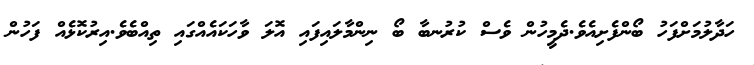
ހަދާލުމަށްފަހު ބޯންފެށިއެވެ.ދެމީހުން ވެސް ކުރުނބާ ބޯ ނިންމާލައިފައި އޮލަ ވާހަކައެއްގައި ތިއްބެވެ.އިރުކޮޅެއް ފަހުން